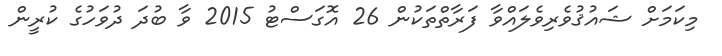
މިކަމަށް ޝައުޤުވެރިވެލައްވާ ފަރާތްތަކުން 26 އޮގަސްޓު 2015 ވާ ބުދަ ދުވަހުގެ ކުރީން